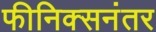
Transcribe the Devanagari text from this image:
फीनिक्सनंतर